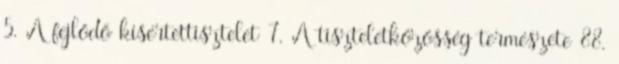
5. A fejlődő kísértettisztelet 7. A tiszteletközösség természete 88.